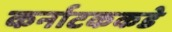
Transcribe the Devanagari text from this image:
कर्नाटककडे